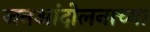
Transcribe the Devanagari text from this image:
जनआंदोलनाच्या